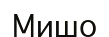
Мишо